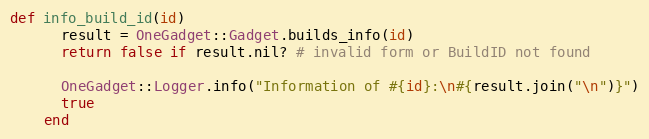
Language: Ruby
def info_build_id(id)
      result = OneGadget::Gadget.builds_info(id)
      return false if result.nil? # invalid form or BuildID not found

      OneGadget::Logger.info("Information of #{id}:\n#{result.join("\n")}")
      true
    end